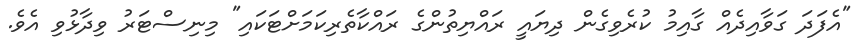
"އެފަދަ ގަވާއިދެއް ގާއިމު ކުރެވިގެން ދިޔައީ ރައްޔިތުންގެ ރައްކާތެރިކަމަށްޓަކައި" މިނިސްޓަރު ވިދާޅުވި އެވެ.